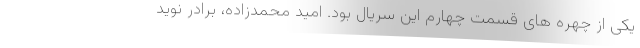
یکی از چهره های قسمت چهارم این سریال بود. امید محمدزاده، برادر نوید